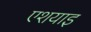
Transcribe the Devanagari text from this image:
एशयाइ